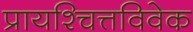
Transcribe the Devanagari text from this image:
प्रायश्चित्तविवेक